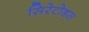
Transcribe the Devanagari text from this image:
सिरेटोडस